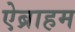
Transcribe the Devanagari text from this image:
ऐब्राहम